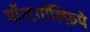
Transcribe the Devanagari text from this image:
मॉन्टगॉल्फ़िये